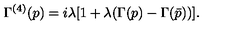
\Gamma ^ { ( 4 ) } ( p ) = i \lambda [ 1 + \lambda ( \Gamma ( p ) - \Gamma ( \bar { p } ) ) ] .